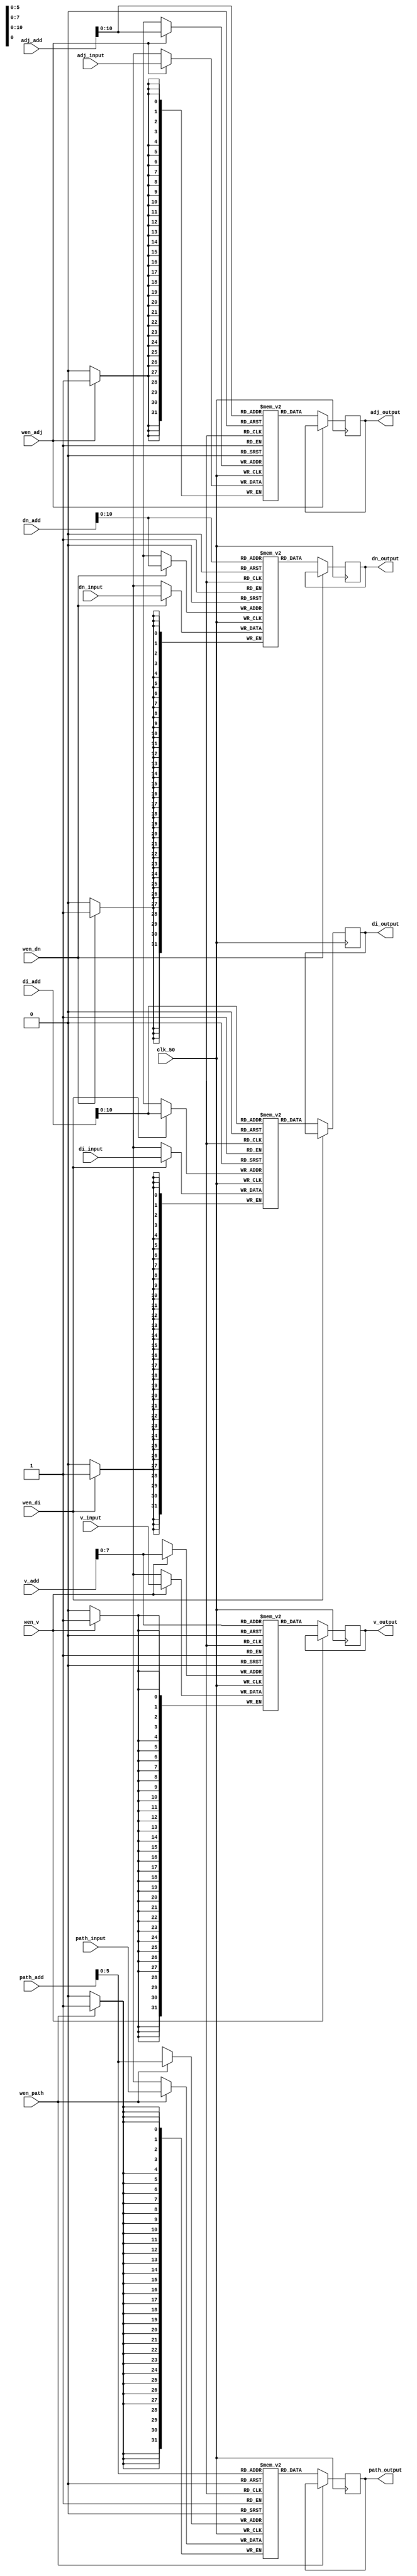
module RAM (
		input clk_50,
		
		input wen_adj,
		input [31:0] adj_add,
		input [31:0] adj_input, 
		output [31:0] adj_output,

		input wen_di,
		input [31:0] di_add,
		input [31:0] di_input, 
		output [31:0] di_output,
		
		input wen_dn,
		input [31:0] dn_add,
		input [31:0] dn_input, 
		output [31:0] dn_output,
		
		input wen_v,
		input [31:0] v_add,
		input [31:0] v_input, 
		output [31:0] v_output,
		
		input wen_path,
		input [31:0] path_add,
		input [31:0] path_input, 
		output [31:0] path_output
);

	parameter max=37;
	parameter size=31;
	
	reg [size:0] adj[max*max:0];
	reg [size:0] adj_data_out;
	assign adj_output = adj_data_out;
	
	reg [size:0] di[max*max:0];
	reg [size:0] di_data_out;
	assign di_output = di_data_out;
	
	reg [size:0] dn[max*max:0];
	reg [size:0] dn_data_out;
	assign dn_output = dn_data_out;
	
	reg signed [size:0] v[4*max:0];
	reg signed [size:0] v_data_out;
	assign v_output = v_data_out;
	
	reg signed [size:0] path[max:0];
	reg signed [size:0] path_data_out;
	assign path_output = path_data_out;
	initial 
	begin : INIT
		integer i;
		for(i=0;i<max*max;i=i+1)
		begin
			adj[i] = 32'h00000000;
			di[i] = 32'h00000000;
			dn[i] = 32'h00000000;
		end
		adj[1]=3;adj[4]=1;adj[19]=4;adj[37]=3;adj[39]=2;adj[50]=3;adj[75]=2;adj[80]=1;adj[90]=4;adj[115]=1;adj[148]=1;adj[151]=1;adj[153]=1;adj[156]=1;adj[189]=1;adj[224]=1;adj[267]=1;adj[300]=1;adj[303]=1;adj[305]=1;adj[307]=1;adj[341]=1;adj[381]=1;adj[415]=1;adj[417]=1;adj[419]=1;adj[424]=1;adj[455]=1;adj[482]=3;adj[495]=1;adj[503]=2;adj[531]=1;adj[571]=1;adj[594]=4;adj[607]=1;adj[617]=2;adj[640]=1;adj[647]=1;adj[650]=1;adj[683]=1;adj[703]=4;adj[723]=2;adj[737]=3;adj[759]=2;adj[761]=1;adj[766]=1;adj[794]=1;adj[797]=1;adj[799]=3;adj[806]=2;adj[827]=2;adj[835]=3;adj[837]=1;adj[841]=1;adj[873]=1;adj[875]=2;adj[882]=3;adj[911]=2;adj[913]=1;adj[916]=1;adj[941]=2;adj[949]=1;adj[961]=4;adj[982]=1;adj[1021]=1;adj[1060]=1;adj[1094]=2;adj[1103]=1;adj[1108]=2;adj[1139]=1;adj[1170]=3;adj[1179]=1;adj[1183]=2;adj[1215]=1;adj[1255]=1;adj[1277]=3;adj[1291]=1;adj[1293]=2;adj[1324]=2;adj[1329]=2;adj[1331]=3;adj[1357]=4;adj[1363]=2;adj[1367]=3;
		di[1]=3;di[4]=4;di[19]=1;di[37]=1;di[39]=3;di[50]=4;di[75]=1;di[80]=4;di[90]=3;di[115]=3;di[148]=2;di[151]=1;di[153]=3;di[156]=4;di[189]=1;di[224]=2;di[267]=3;di[300]=2;di[303]=1;di[305]=3;di[307]=4;di[341]=1;di[381]=3;di[415]=2;di[417]=1;di[419]=3;di[424]=4;di[455]=1;di[482]=2;di[495]=3;di[503]=4;di[531]=1;di[571]=3;di[594]=2;di[607]=1;di[617]=4;di[640]=2;di[647]=3;di[650]=4;di[683]=1;di[703]=2;di[723]=3;di[737]=4;di[759]=1;di[761]=3;di[766]=4;di[794]=2;di[797]=1;di[799]=3;di[806]=4;di[827]=2;di[835]=1;di[837]=3;di[841]=4;di[873]=1;di[875]=3;di[882]=4;di[911]=1;di[913]=3;di[916]=4;di[941]=2;di[949]=1;di[961]=4;di[982]=2;di[1021]=2;di[1060]=2;di[1094]=2;di[1103]=3;di[1108]=4;di[1139]=1;di[1170]=2;di[1179]=3;di[1183]=4;di[1215]=1;di[1255]=1;di[1277]=2;di[1291]=3;di[1293]=4;di[1324]=2;di[1329]=1;di[1331]=3;di[1357]=3;di[1363]=2;di[1367]=1;
		dn[1]=3;dn[4]=4;dn[19]=4;dn[37]=1;dn[39]=3;dn[50]=4;dn[75]=1;dn[80]=4;dn[90]=4;dn[115]=3;dn[148]=2;dn[151]=1;dn[153]=3;dn[156]=4;dn[189]=1;dn[224]=2;dn[267]=3;dn[300]=2;dn[303]=1;dn[305]=3;dn[307]=4;dn[341]=1;dn[381]=3;dn[415]=2;dn[417]=1;dn[419]=3;dn[424]=4;dn[455]=1;dn[482]=2;dn[495]=3;dn[503]=4;dn[531]=1;dn[571]=3;dn[594]=1;dn[607]=1;dn[617]=4;dn[640]=2;dn[647]=3;dn[650]=4;dn[683]=1;dn[703]=3;dn[723]=3;dn[737]=4;dn[759]=1;dn[761]=3;dn[766]=4;dn[794]=2;dn[797]=1;dn[799]=3;dn[806]=4;dn[827]=2;dn[835]=1;dn[837]=3;dn[841]=4;dn[873]=1;dn[875]=3;dn[882]=4;dn[911]=1;dn[913]=3;dn[916]=4;dn[941]=2;dn[949]=1;dn[961]=1;dn[982]=2;dn[1021]=2;dn[1060]=2;dn[1094]=2;dn[1103]=3;dn[1108]=4;dn[1139]=1;dn[1170]=2;dn[1179]=3;dn[1183]=4;dn[1215]=1;dn[1255]=1;dn[1277]=2;dn[1291]=3;dn[1293]=3;dn[1324]=2;dn[1329]=2;dn[1331]=3;dn[1357]=2;dn[1363]=2;dn[1367]=1;
	end
	
	always @(negedge clk_50)
	begin
		if(wen_adj == 1) 
			adj[adj_add] <= adj_input;
		else
			adj_data_out <= adj[adj_add];
	end	
	always @(negedge clk_50)
	begin
		if(wen_di == 1) 
			di[di_add] <= di_input;
		else
			di_data_out <= di[di_add];
	end	
	always @(negedge clk_50)
	begin
		if(wen_dn == 1) 
			dn[dn_add] <= dn_input;
		else
			dn_data_out <= dn[dn_add];
	end	
	always @(negedge clk_50)
	begin
		if(wen_v == 1) 
			v[v_add] <= v_input;
		else
			v_data_out <= v[v_add];
	end
	always @(negedge clk_50)
	begin
		if(wen_path == 1) 
			path[path_add] <= path_input;
		else
			path_data_out <= path[path_add];
	end
endmodule